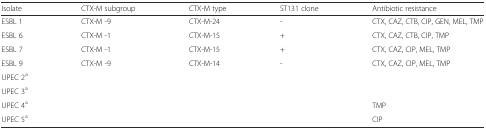
| Isolate | CTX-M subgroup | CTX-M type | ST131 clone | Antibiotic resistance |
 | --- | --- | --- | --- | --- |
 | ESBL 1 | CTX-M -9 | CTX-M-24 | - | CTX, CAZ, CTB, CIP, GEN, MEL, TMP |
 | ESBL 6 | CTX-M -1 | CTX-M-15 | + | CTX, CAZ, CTB, CIP, TMP |
 | ESBL 7 | CTX-M -1 | CTX-M-15 | + | CTX, CAZ, CIP, MEL, TMP |
 | ESBL 9 | CTX-M -9 | CTX-M-14 | - | CTX, CAZ, CIP, MEL, TMP |
 | UPEC 2a |  |  |  |  |
 | UPEC 3a |  |  |  |  |
 | UPEC 4a |  |  |  | TMP |
 | UPEC 5a |  |  |  | CIP |